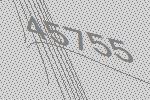
45755